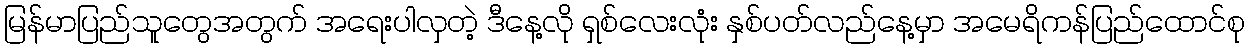
မြန်မာပြည်သူတွေအတွက် အရေးပါလှတဲ့ ဒီနေ့လို ရှစ်လေးလုံး နှစ်ပတ်လည်နေ့မှာ အမေရိကန်ပြည်ထောင်စု